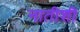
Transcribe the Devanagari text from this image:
नातीशी